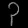
Digit: ၃